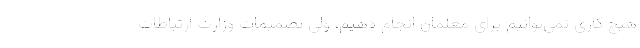
هیچ کاری نمی‌توانیم برای معلمان انجام دهیم، ولی تصمیمات وزارت ارتباطات